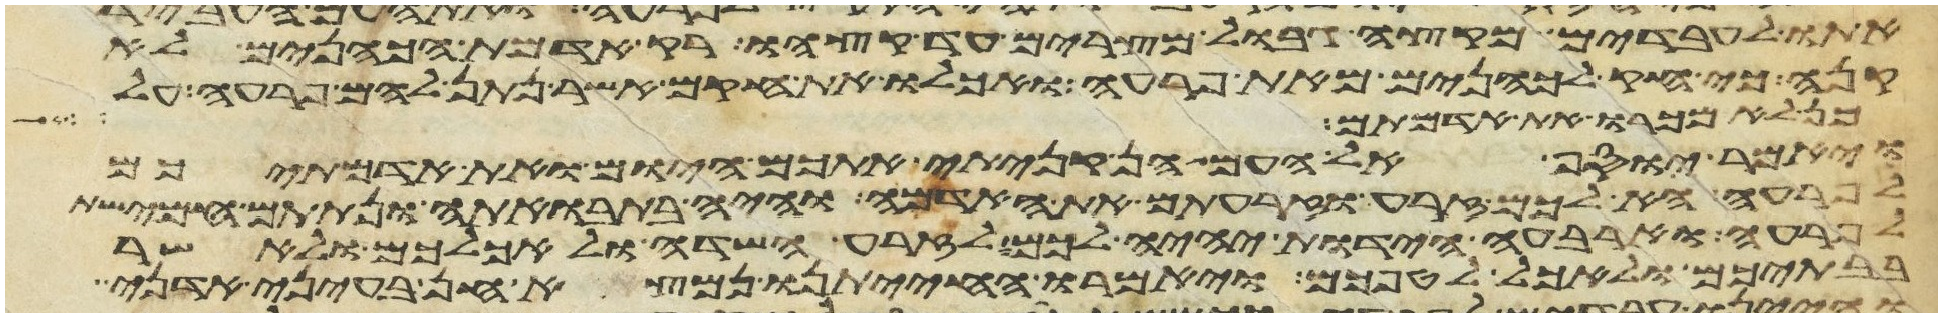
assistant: אתו לעבדים מקצה גבול מצרים עד קצהו רק אדמת הכהנים לא
קנה כי חק לכהנים מאת פרעה ואכלו את חקם אשר נתן להם פרעה על
כן לא מכרו את אדמתם
ויאמר יוסף אל העם הן קניתי אתכם היום ואת אדמתיכם
לפרעה הא לכם זרע וזרעתם את האדמה והיה בתבואתה ונתתם חמישת
לפרעה וארבע הידות יהיה לכם לזרע השדה ולאכלכם ולאשר
בבתיכם ולאכל לטפכם ויאמרו החיתנו נמצא חן בעיני אדני